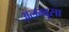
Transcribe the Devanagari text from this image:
अलम्बुसा